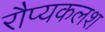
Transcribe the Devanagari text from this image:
रौप्यकलश